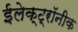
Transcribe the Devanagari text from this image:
ईलेक्ट्रॉनीक